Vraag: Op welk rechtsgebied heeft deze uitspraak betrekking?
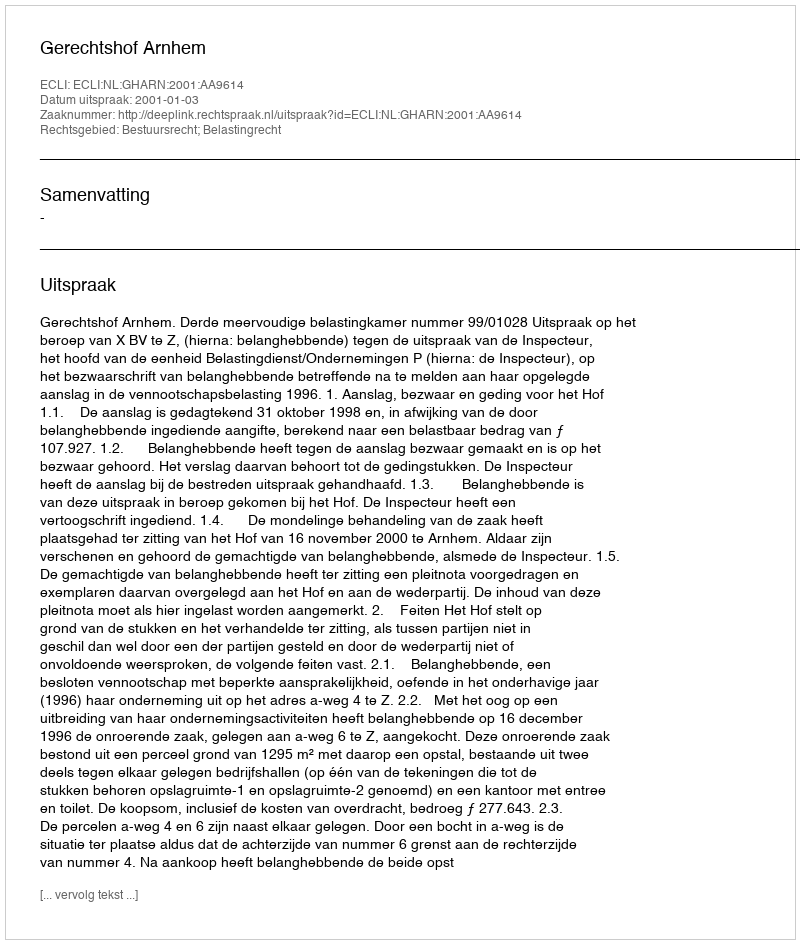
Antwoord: Bestuursrecht; Belastingrecht